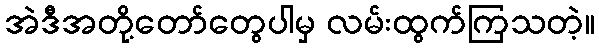
အဲဒီအတို့တော်တွေပါမှ လမ်းထွက်ကြသတဲ့။